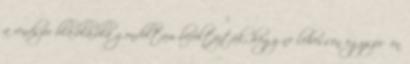
a rendszer bla-bla-bla gondoltam befoltozták, hogy ne lehessen egyszerűen